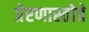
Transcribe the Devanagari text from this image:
प्रेरणास्तोत्रे